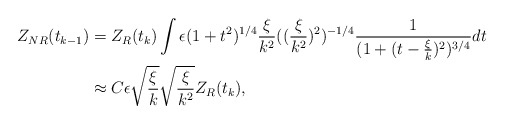
\begin{align*} Z_{NR}(t_{k-1})&= Z_{R}(t_{k}) \int \epsilon (1+t^2)^{1/4} \frac{\xi}{k^2} ((\frac{\xi}{k^2})^2)^{-1/4} \frac{1}{(1+(t-\frac{\xi}{k})^2)^{3/4}}dt \\ &\approx C \epsilon \sqrt{\frac{\xi}{k}} \sqrt{\frac{\xi}{k^2}} Z_{R}(t_{k}), \end{align*}